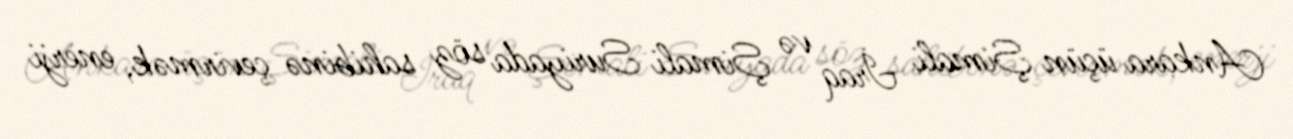
Ankara üçün Şimali İraq və Şimali Suriyada söz sahibinə çevirmək, enerji